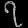
Digit: ၇